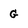
Character: G